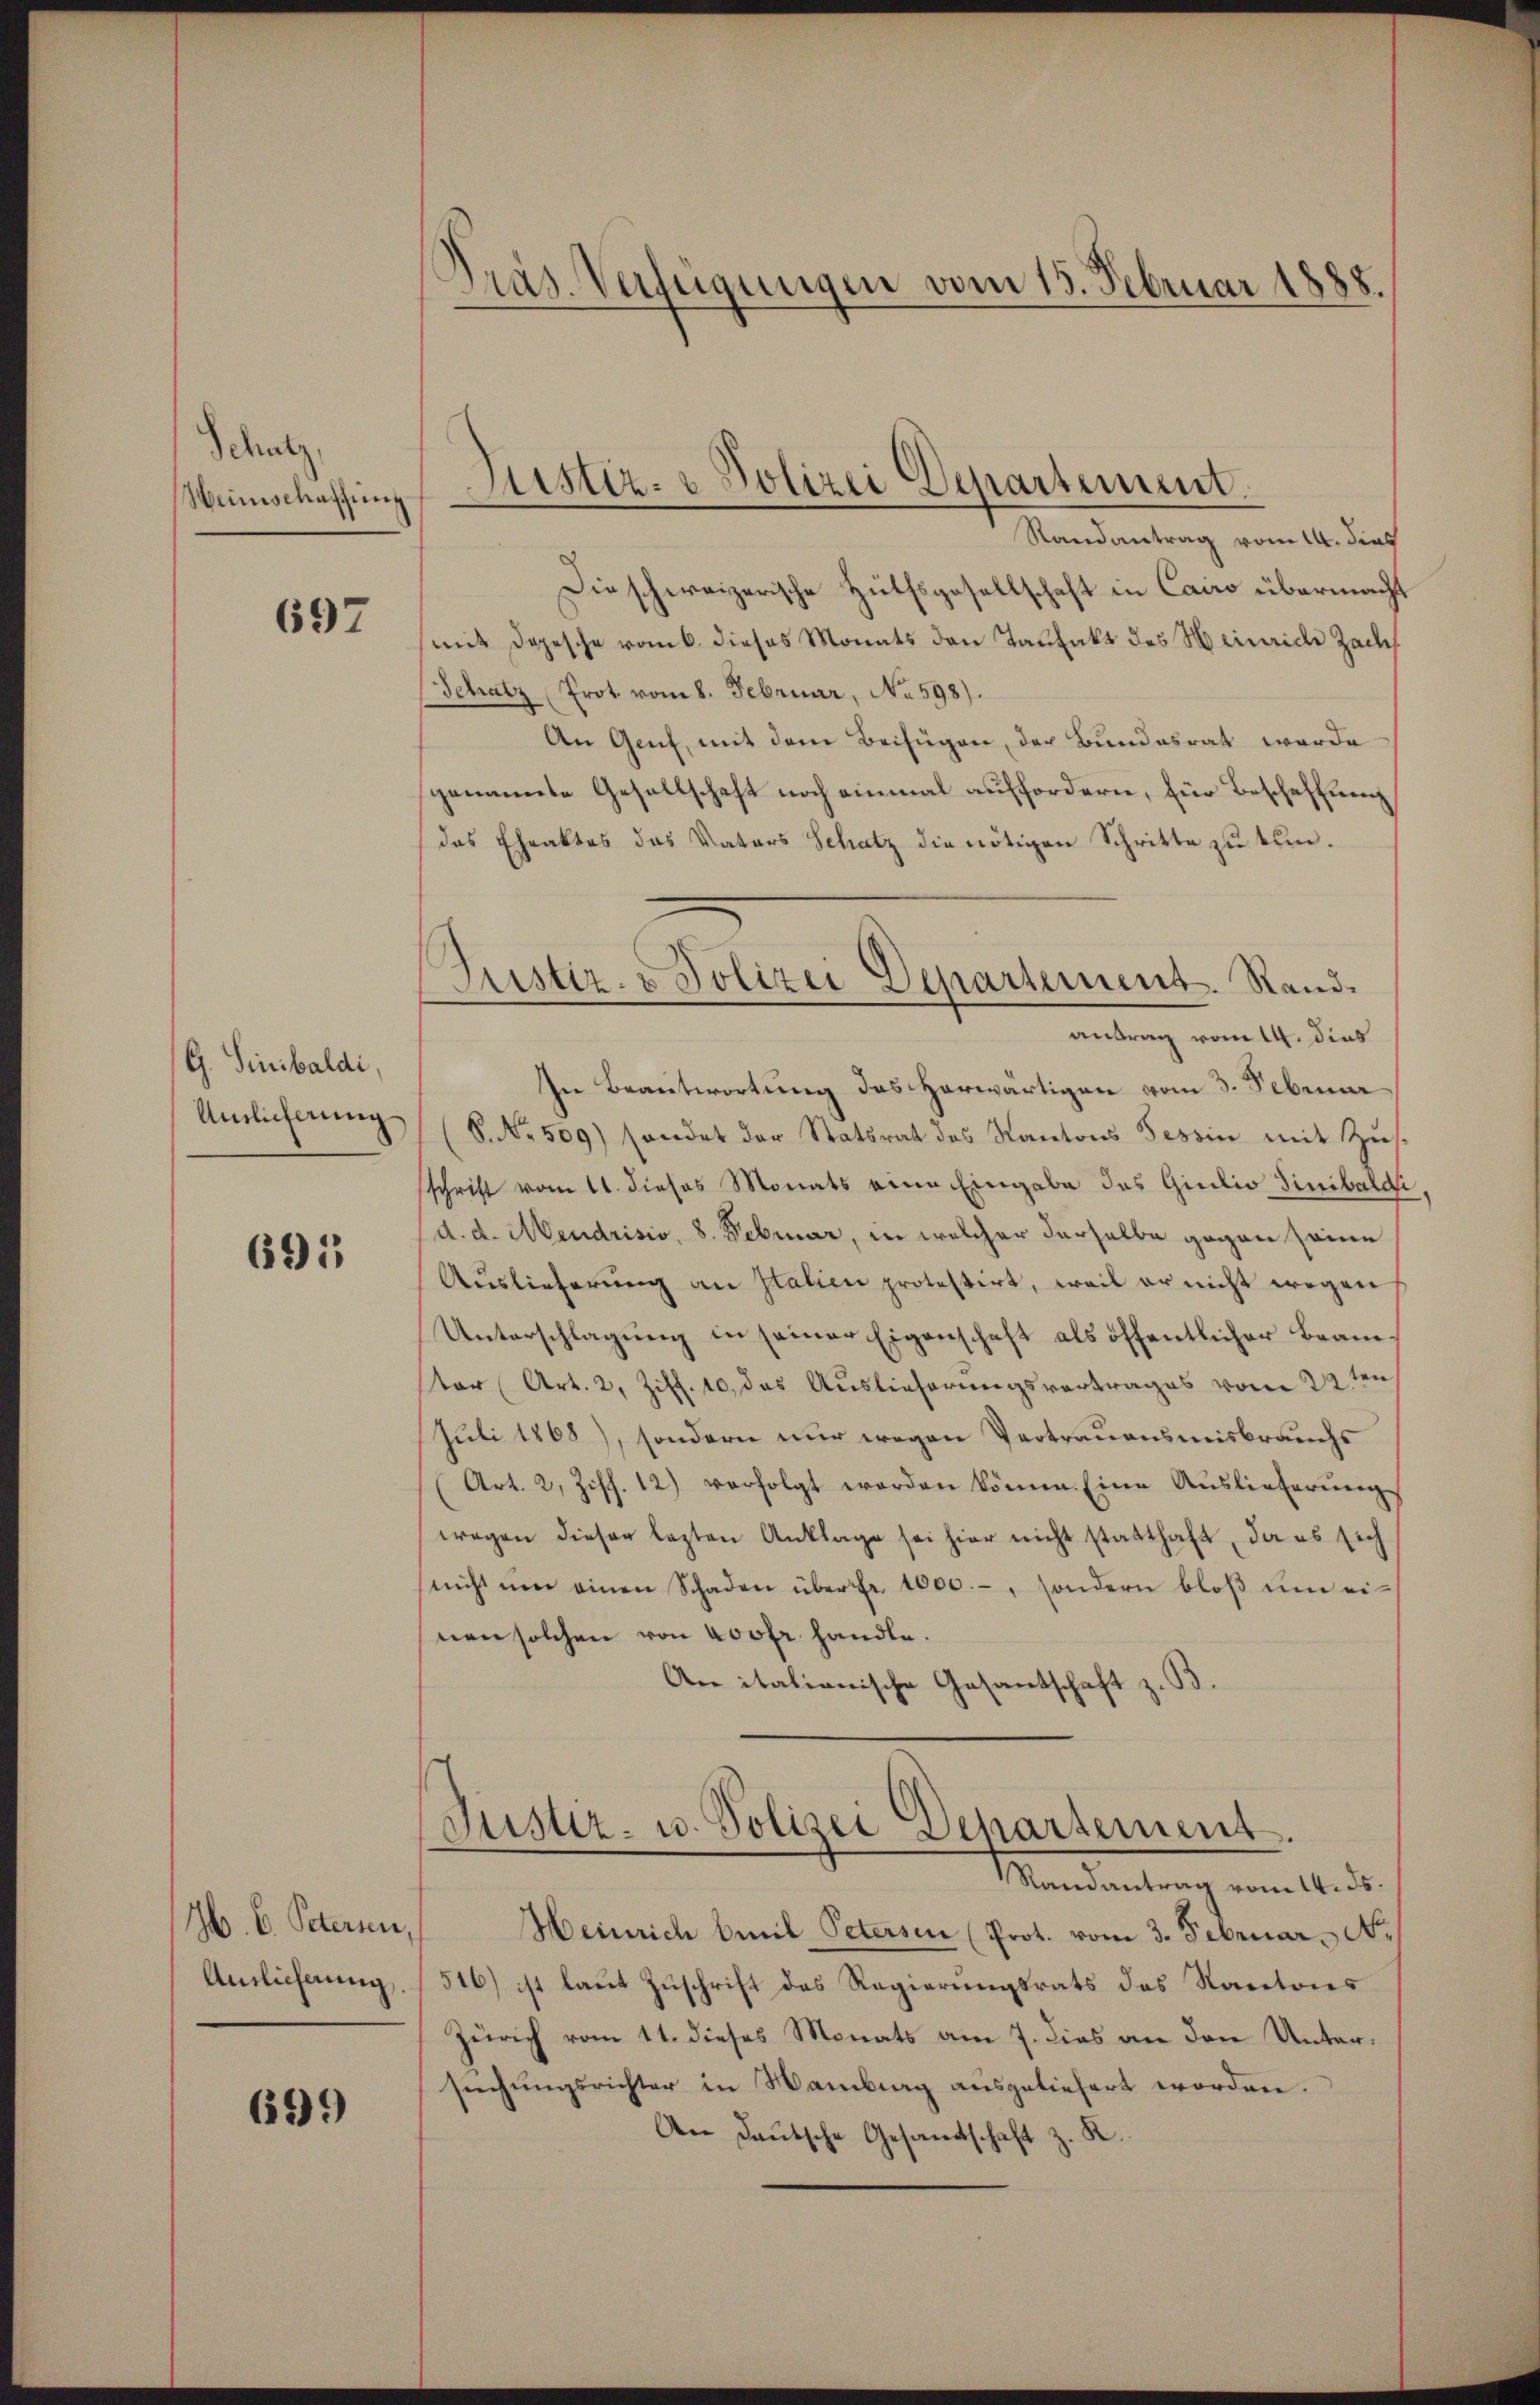
Schatz
Meineschaffung

697

G. Sinibaldi,
Umlicherung

691

H. C. Petersen.
Antlicherung

699)

Präs. Verfügungen vom 15. Februar 1888.

Justiz- & Polizei Departement.

Randantrag vom 14. dies
Dieschweizerische Hülfsgesellschaft in Cairo übermacht
mit Depesche vom 6. dieses Monats den Taufakt des Heinriche Zach
Schatz Prot. vom 8. Februar, No 598).
An Genf, mit dem Beifügen, der Bundesrat werde
genannte Gesellschaft noch einmal auffordern, für Beschaffung
das Ehraktes das Vaters Schatz die nötigen Schritte zu tun.
antrag vom 14. dies
In Beantwortung das herwärtigen vom 3. Februar
S. Nr. 509) sondet der Statsrat des Kantons Tessin mit Zusschrift vom 11. dieses Monats eine Eingabe des Giulio Tinibaldi
(d. d. Mendrisis, 8. Februar, in welcher derselbe gegen seine
Auslieferung an Italien protestirt, weil er nicht wegen
Unterschlagung in seiner Eigenschaft als öffentlicher Brane
ster (Art. 2, Ziff. 10, das Auslieferungsvortrages vom 22ten
Juli 1868), sondern nur wegen Vertrauensmisbrauchs
Art. 2, Ziff. 12) verfolgt worden können. Eine Auslieferŭng
wegen dieser lezten Anklage sei hier nicht statthaft, da es sich
nicht ŭm einen Schaden über fr. 1000.-, sondern bloβ ŭm einen solchen von 400fr. handle.
Anitationische Gesantschaft z. B
Jüster- u. Polizei Departement.
Mandantrag vom 14. d.
Heinrich beil Petersen (Prot. vom 3. Februar. N
516) ist laut Zuschrift des Regierungsrats des Kantons
Zürich vom 11. dieses Monats am 7. dies an den Untersŭchŭngsrichter in Hamberg ausgeliefert worden.
An Deutsche Gesamtschaft z. R.

Justiz- u Polizei Departement. Rand¬